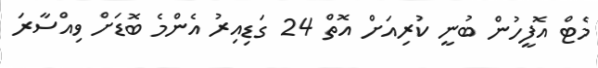
މެޓް އޮފީހުން ބުނީ ކުރިއަށް އޮތް 24 ގަޑިއިރު އެންމެ ބޮޑަށް ވިއްސާރަ